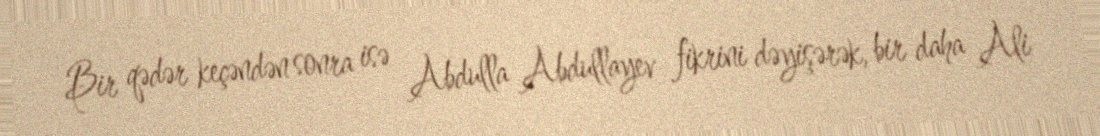
Bir qədər keçəndən sonra isə Abdulla Abdullayev fikrini dəyişərək, bir daha Ali